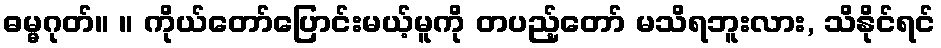
ဓမ္မဂုတ်။ ။ ကိုယ်တော်ပြောင်းမယ့်မူကို တပည့်တော် မသိရဘူးလား, သိနိုင်ရင်